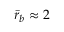
\bar { r } _ { b } \approx 2